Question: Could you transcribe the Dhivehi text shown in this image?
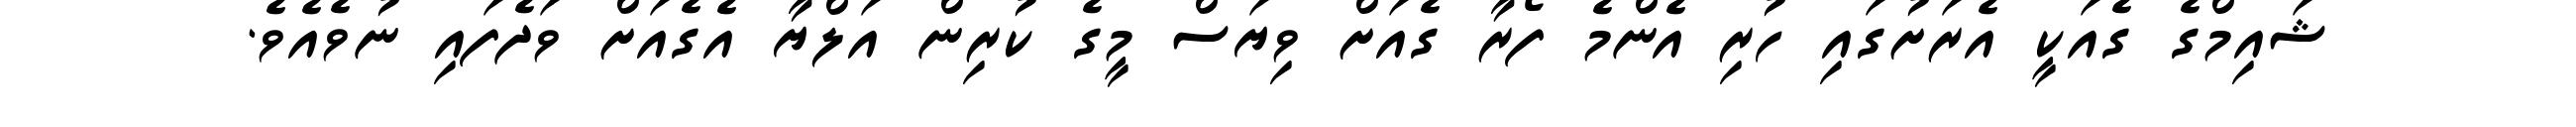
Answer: ޝައިމްގެ ގެއަކީ އެރަށުގައި ހުރި އެންމެ ފޯރާ ގެއަށް ވިޔަސް މީގެ ކުރިން އަލްޔާ އެގެއަށް ވަދެފައި ނުވެއެވެ.